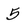
Character: 5